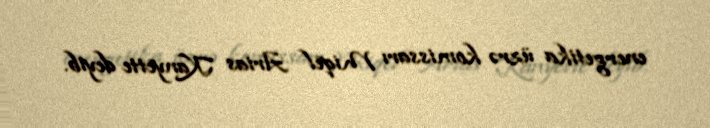
energetika üzrə komissarı Miqel Arias Kanyette deyib.